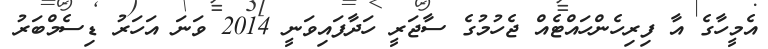
އެމީހާގެ އާ ފިރިހެންހައްޓެއް ޖެހުމުގެ ސާޖަރީ ހަދާފައިވަނީ 2014 ވަނަ އަހަރު ޑިސެމްބަރު